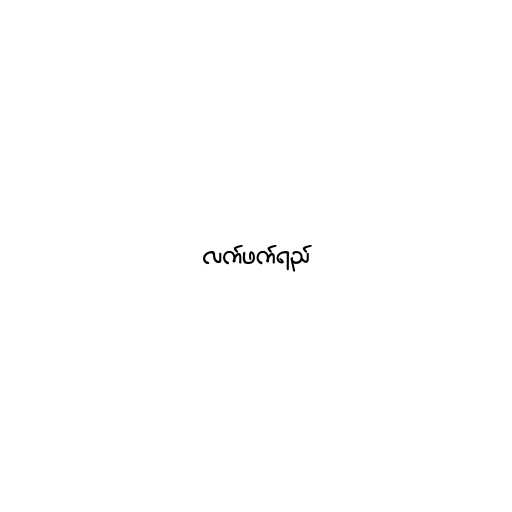
လက်ဖက်ရည်